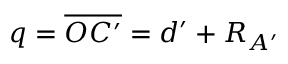
q = \overline { { O C ^ { \prime } } } = d ^ { \prime } + R _ { A ^ { \prime } }